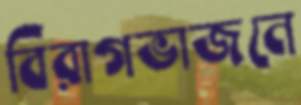
বিরাগভাজনে